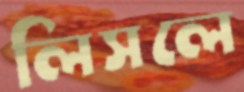
লিসলে